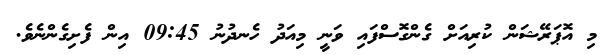
މި އޮޕަރޭޝަން ކުރިއަށް ގެންގޮސްފައި ވަނީ މިއަދު ހެނދުނު 09:45 އިން ފެށިގެންނެވެ.